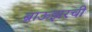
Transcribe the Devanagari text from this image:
ब्राऊझरची